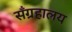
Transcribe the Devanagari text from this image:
सँग्रहालय